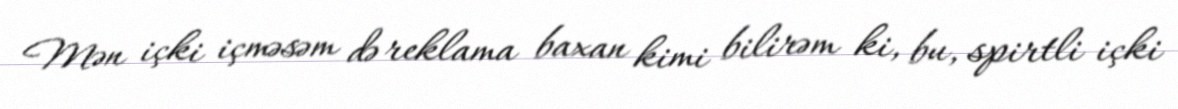
Mən içki içməsəm də reklama baxan kimi bilirəm ki, bu, spirtli içki